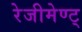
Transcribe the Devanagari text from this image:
रेजीमेण्ट्